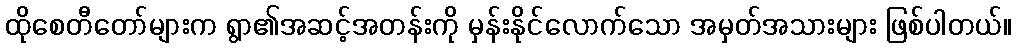
ထိုစေတီတော်များက ရွာ၏အဆင့်အတန်းကို မှန်းနိုင်လောက်သော အမှတ်အသားများ ဖြစ်ပါတယ်။